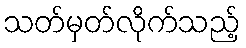
သတ်မှတ်လိုက်သည့်